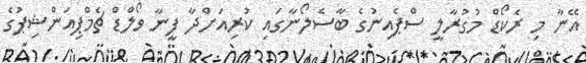
އޭނާ މި ރެކޯޑް މުގުރާލީ ސްޕެއިނުގެ ބާސެލޯނާގައި ކުރިއަށްދާ ފީނާ ވޯލްޑް ޗެމްޕިއަންޝިޕުގެ